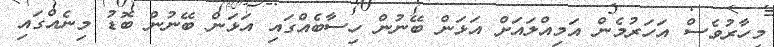
މިހާރުވެސް އަހަރުމެން އަމިއްލައަށް އަޅަން ބޭނުން ހިސާބެއްގައި އަޅަން ބޭނުން ބޮޑު މިނެއްގައި